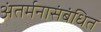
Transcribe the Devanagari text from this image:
अंतर्मनासंबंधित